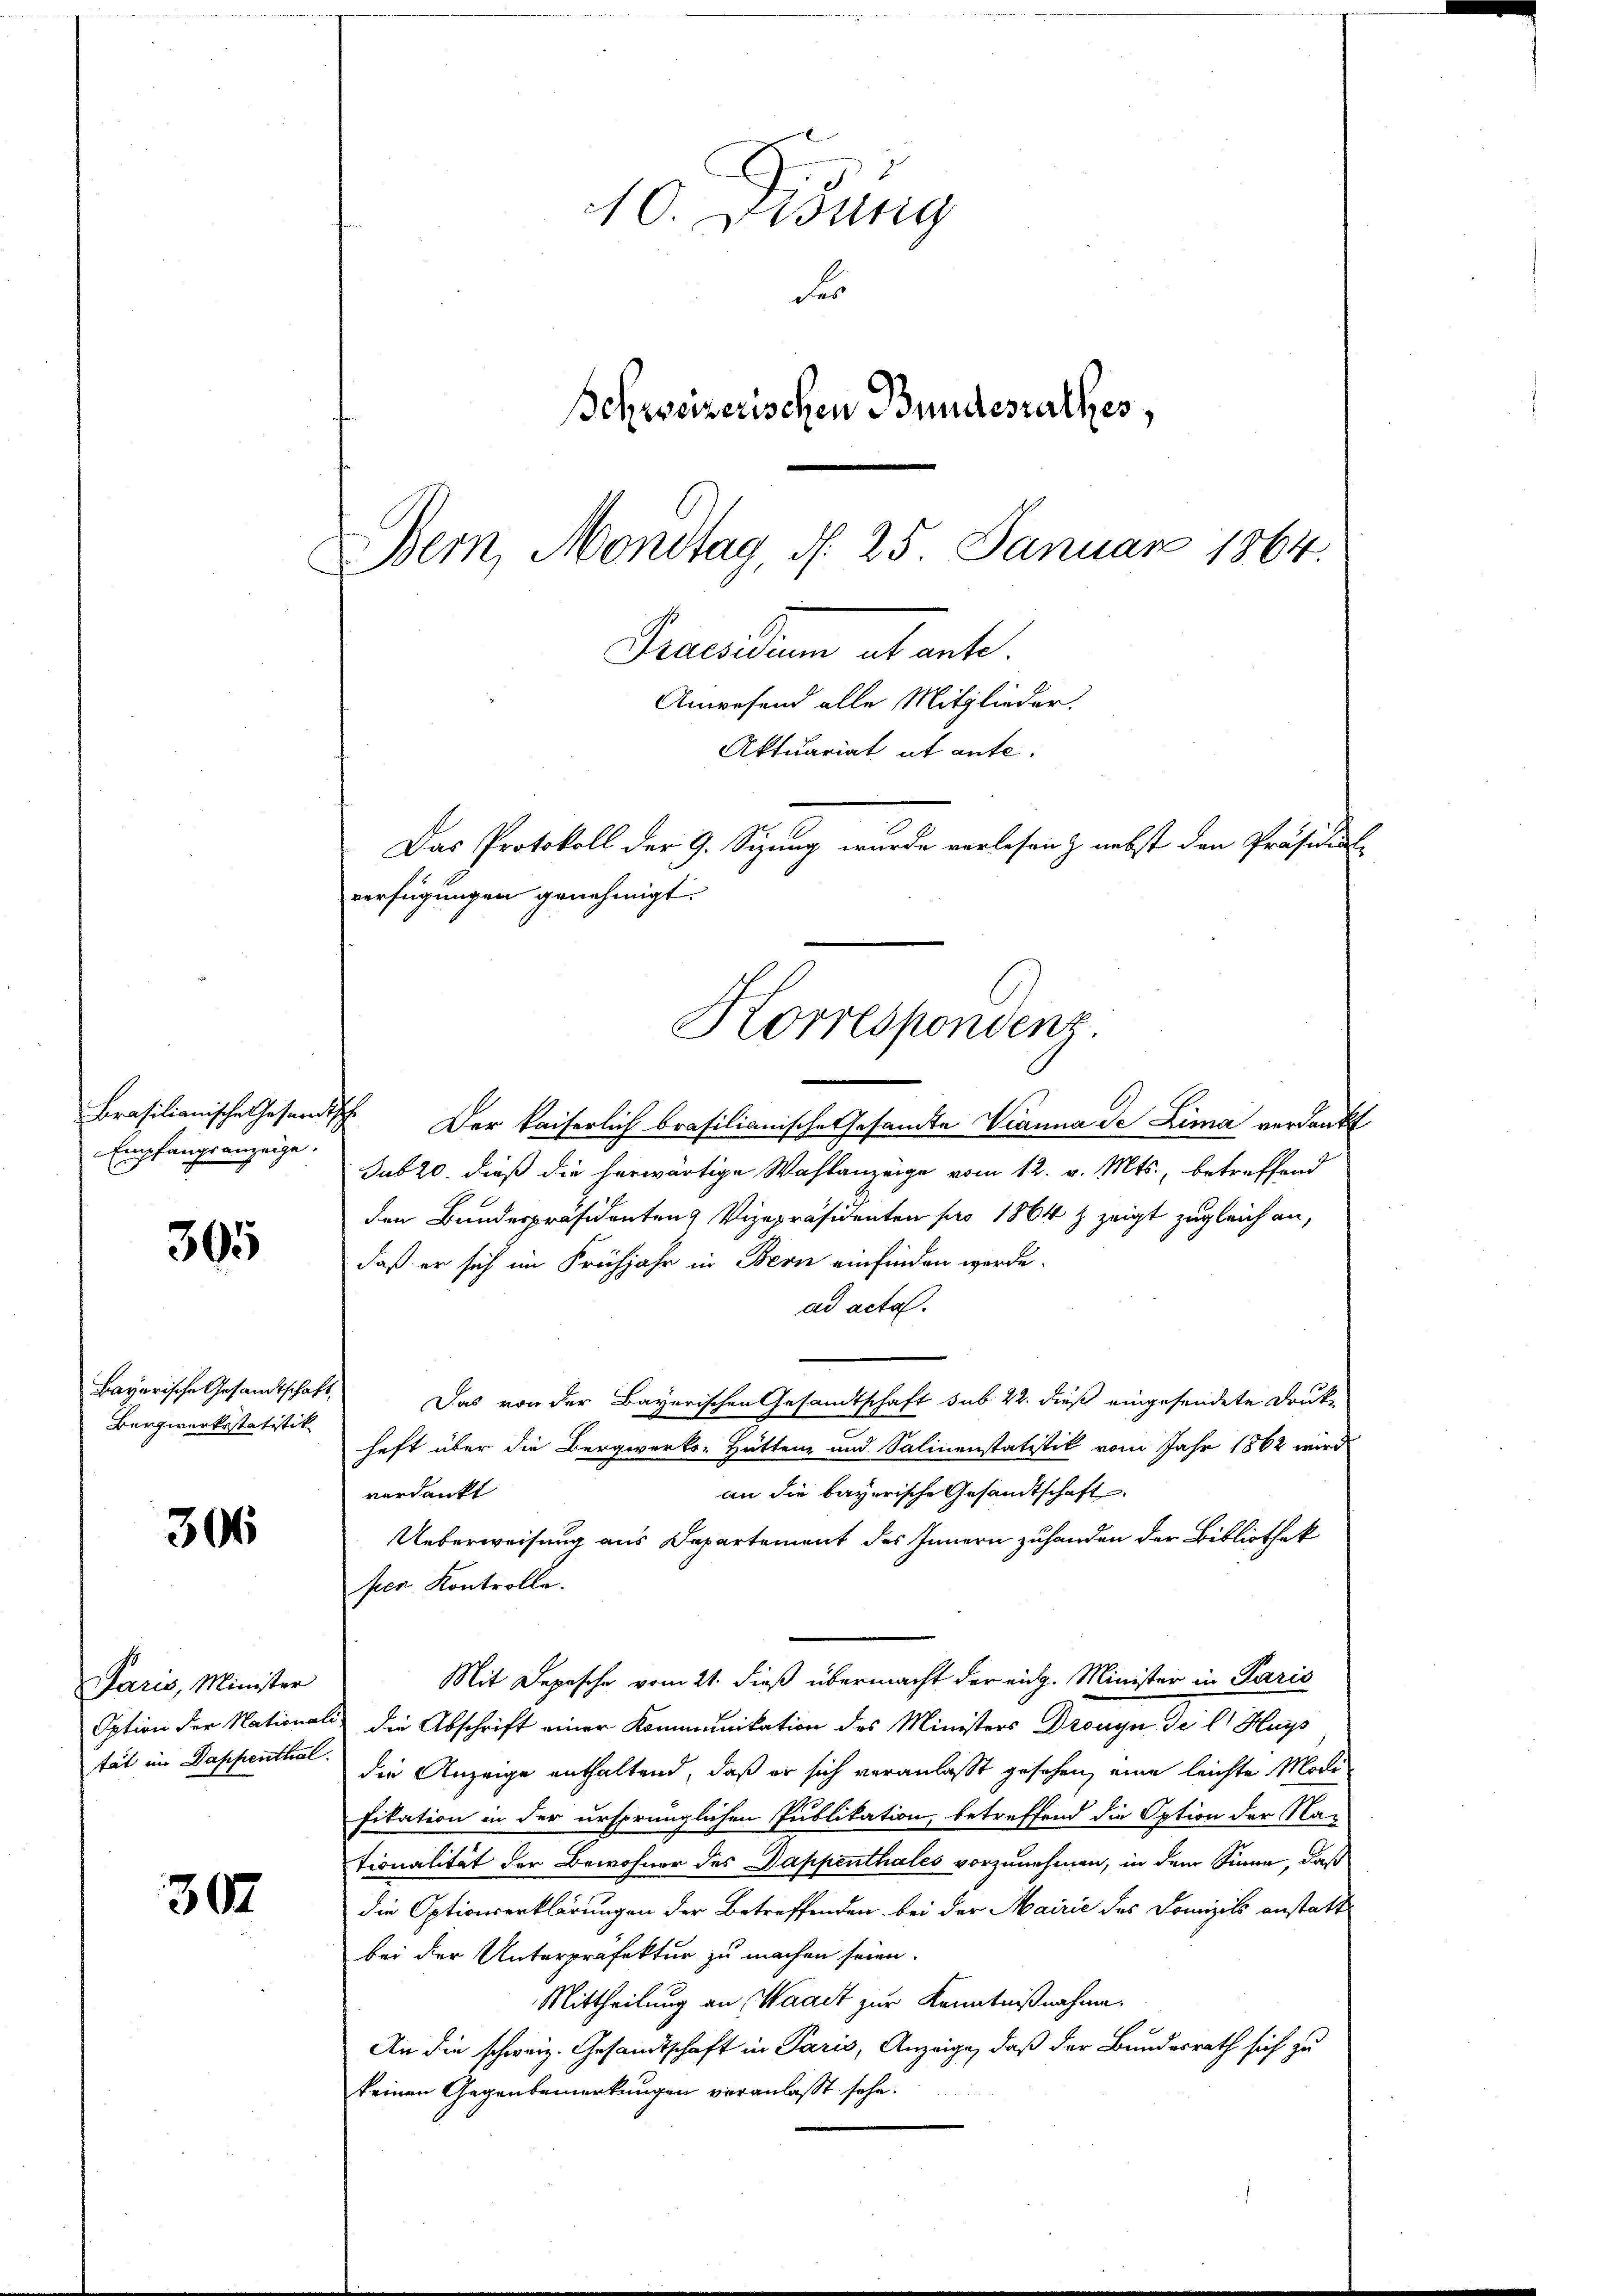
Empfangsanzeige.

305

306

Paris, Minister

307

Bergwerksstatistik

Brasilianische Gesandtsche Der kaiserlich brasilianische Gesamte Vianna de Lima verdankt
sub 20. dieß die herwärtige Wahlanzeige vom 12. v. Mts., betreffend
den Bundespräsidenten & Vizepräsidenten pro 1864 z zeigt zugleich an,
daß er sich im Frühjahr in Bern einfinden werde.
ad acta.
Bayerische Gesandtschaft. Das von der Bayerischen Gesandtschaft sub 22. dieß eingesendete Drukhaft über die Bergwerks-Hütten und Salinenstatistik vom Jahr 1862 wird
an die bayerische Gesandtschaft
verdankt
Ueberweisung aus Departement des Innern zuhanden der Bibliothek
fen Kontrolle.
Mit Depesche vom 21. dieß übermacht der eidg. Minister in Paris
Option der Nationali die Abschrift einer Kommunikation des Ministers Dronyn de l. Hu
tät im Dappenthal. Die Anzeige enthaltend, daß er sich veranlasst gesehen, eine leichte Modi
fikation in der ursprünglichen Publikation, betreffend die Option der Na-
tionalität der Bewohner des Dappenthales vorzunehmen, in dem Sinne, daß
die Optionserklärungen der Betreffenden bei der Mairić des Domizils anstatt
bei der Unterpräfektur zu machen seien.
Mittheilung an Waadt zur Kenntnißnahme.
An die schweiz. Gesandtschaft in Paris, Anzeige, daß der Bundesrath sich zu
keinen Gegenbemerkungen veranlaßt sehe.
d

10. Dietig
des
Behweizerischen Bundesrathes,
Bern, Mondtag, d. 25. Januar 1864.

Gruendum abante.
Aktuariat ut ante.
Das Protokoll der 9. Sizung wurde verlesen & nebst den Präsidiat
verfügungen genehmigt.
Korrespondenz

Anwesend alle Mitglieder.